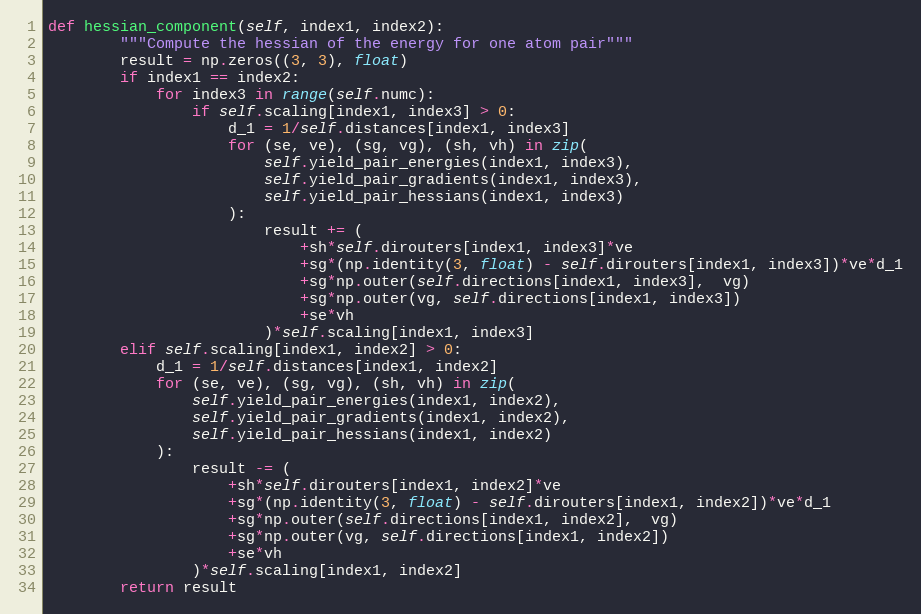
Language: Python
def hessian_component(self, index1, index2):
        """Compute the hessian of the energy for one atom pair"""
        result = np.zeros((3, 3), float)
        if index1 == index2:
            for index3 in range(self.numc):
                if self.scaling[index1, index3] > 0:
                    d_1 = 1/self.distances[index1, index3]
                    for (se, ve), (sg, vg), (sh, vh) in zip(
                        self.yield_pair_energies(index1, index3),
                        self.yield_pair_gradients(index1, index3),
                        self.yield_pair_hessians(index1, index3)
                    ):
                        result += (
                            +sh*self.dirouters[index1, index3]*ve
                            +sg*(np.identity(3, float) - self.dirouters[index1, index3])*ve*d_1
                            +sg*np.outer(self.directions[index1, index3],  vg)
                            +sg*np.outer(vg, self.directions[index1, index3])
                            +se*vh
                        )*self.scaling[index1, index3]
        elif self.scaling[index1, index2] > 0:
            d_1 = 1/self.distances[index1, index2]
            for (se, ve), (sg, vg), (sh, vh) in zip(
                self.yield_pair_energies(index1, index2),
                self.yield_pair_gradients(index1, index2),
                self.yield_pair_hessians(index1, index2)
            ):
                result -= (
                    +sh*self.dirouters[index1, index2]*ve
                    +sg*(np.identity(3, float) - self.dirouters[index1, index2])*ve*d_1
                    +sg*np.outer(self.directions[index1, index2],  vg)
                    +sg*np.outer(vg, self.directions[index1, index2])
                    +se*vh
                )*self.scaling[index1, index2]
        return result